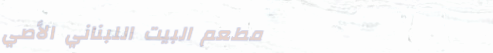
مطعم البيت اللبناني الأصي